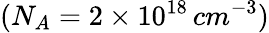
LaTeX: (N_{A}=2\times 10^{18}\, cm^{-3})